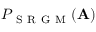
P _ { \mathrm { ~ S ~ R ~ G ~ M ~ } } ( \mathbf { A } )